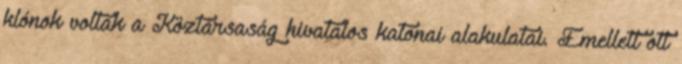
klónok voltak a Köztársaság hivatalos katonai alakulatai. Emellett ott